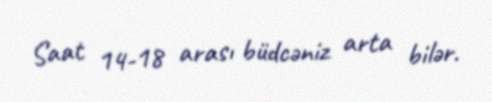
Saat 14-18 arası büdcəniz arta bilər.